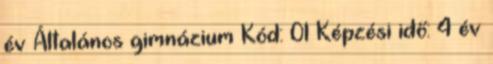
év Általános gimnázium Kód: 01 Képzési idő: 4 év